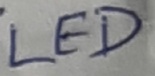
Text: LED